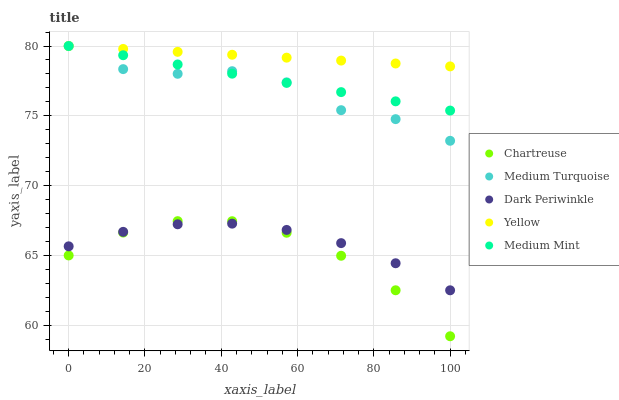
| xaxis_label | Chartreuse | Medium Turquoise | Dark Periwinkle | Yellow | Medium Mint |
 | --- | --- | --- | --- | --- | --- |
 | 0 | 65 | 80 | 65.7 | 80 | 80 |
 | 14.3 | 66.6 | 78.3 | 66.7 | 79.8 | 79.3 |
 | 28.6 | 67.5 | 78 | 67.2 | 79.6 | 78.7 |
 | 42.9 | 67.5 | 78.2 | 67.3 | 79.4 | 78 |
 | 57.1 | 66.6 | 77.4 | 66.8 | 79.2 | 77.4 |
 | 71.4 | 65 | 75.4 | 65.9 | 79 | 76.7 |
 | 85.7 | 62.5 | 74.8 | 64.4 | 78.7 | 76 |
 | 100 | 59.2 | 73.2 | 62.5 | 78.5 | 75.4 |